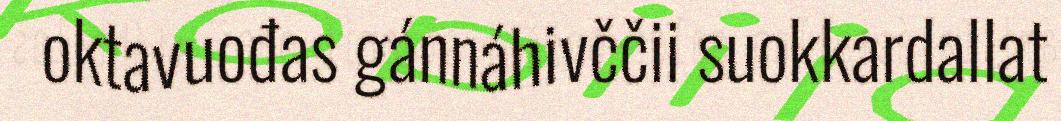
oktavuođas gánnáhivččii suokkardallat